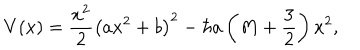
V ( x ) = \frac { x ^ { 2 } } 2 \left( a x ^ { 2 } + b \right) ^ { 2 } - \hbar a \left( M + \frac { 3 } { 2 } \right) x ^ { 2 } ,